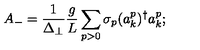
A _ { - } = \frac { 1 } { \Delta _ { \perp } } \frac { g } { L } \sum _ { p > 0 } \sigma _ { p } ( a _ { k } ^ { p } ) ^ { \dagger } a _ { k } ^ { p } ;